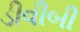
ડીવીબી